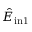
\hat { E } _ { \mathrm { i n 1 } }